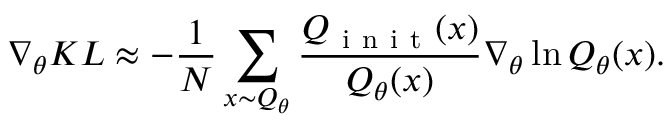
\nabla _ { \theta } K L \approx - \frac { 1 } { N } \sum _ { x \sim Q _ { \theta } } \frac { Q _ { \mathrm { ~ i ~ n ~ i ~ t ~ } } ( x ) } { Q _ { \theta } ( x ) } \nabla _ { \theta } \ln Q _ { \theta } ( x ) .